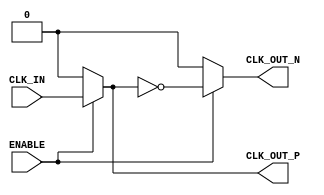
module differential_clock_buffer (
    input wire CLK_IN,      // Single-ended input clock
    input wire ENABLE,      // Active-high enable signal
    output wire CLK_OUT_P,  // Positive differential clock output
    output wire CLK_OUT_N   // Negative differential clock output
);

    // Internal signals
    wire clk_buf;           // Buffered clock signal

    // High-speed buffer to amplify the CLK_IN signal
    // This is a simple representation; in practice, you would use a specific buffer primitive
    assign clk_buf = ENABLE ? CLK_IN : 1'b0; // Buffering with enable control

    // Inverter to generate the negative output
    assign CLK_OUT_P = clk_buf;               // Positive output
    assign CLK_OUT_N = ENABLE ? ~clk_buf : 1'b0; // Negative output

endmodule